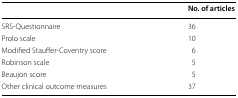
<table><thead><tr><td></td><td><b>No. of articles</b></td></tr></thead><tbody><tr><td>SRS-Questionnaire</td><td>36</td></tr><tr><td>Prolo scale</td><td>10</td></tr><tr><td>Modified Stauffer-Coventry score</td><td>6</td></tr><tr><td>Robinson scale</td><td>5</td></tr><tr><td>Beaujon score</td><td>5</td></tr><tr><td>Other clinical outcome measures</td><td>37</td></tr></tbody></table>